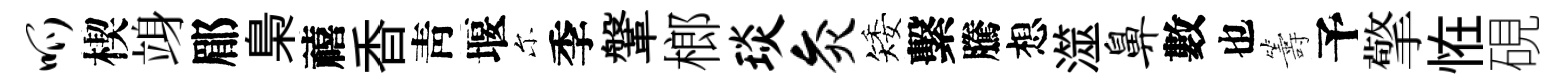
呱楔竧郿梟禧香靑堰尓季鞶榔琰灸矮繫騰想澨鼻數也籌予擎恠硯